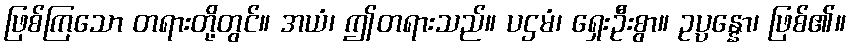
ဖြစ်ကြသော တရားတို့တွင်။ အယံ၊ ဤတရားသည်။ ပဌမံ၊ ရှေးဦးစွာ။ ဥပ္ပန္နော၊ ဖြစ်၏။